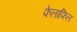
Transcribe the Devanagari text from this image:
फेलाफिल